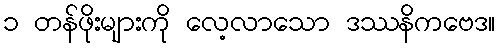
၁ တန်ဖိုးများကို လေ့လာသော ဒဿနိကဗေဒ။